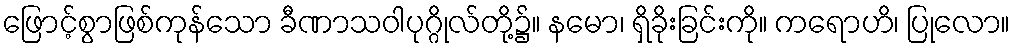
ဖြောင့်စွာဖြစ်ကုန်သော ခီဏာသဝါပုဂ္ဂိုလ်တို့၌။ နမော၊ ရှိခိုးခြင်းကို။ ကရောဟိ၊ ပြုလော။